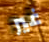
غير